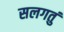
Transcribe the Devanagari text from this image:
सलगतुं